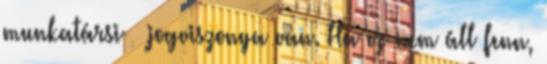
munkatársi – jogviszonya van. Ha ez nem áll fenn,